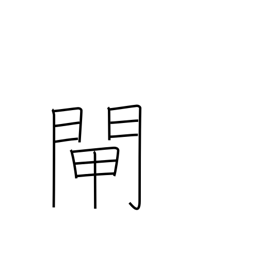
Meaning: water gate